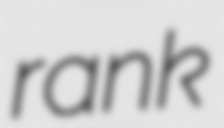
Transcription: rank